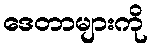
ဒေတာများကို